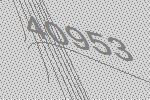
40953